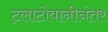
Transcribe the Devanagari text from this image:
ट्लाटोवानीनंतर